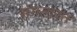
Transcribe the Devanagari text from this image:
संगत्ग्रस्त